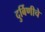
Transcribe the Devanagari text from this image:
दुर्बिणीचे